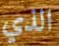
الذي